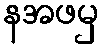
နအဖမှ